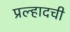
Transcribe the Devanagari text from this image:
प्रल्हादची